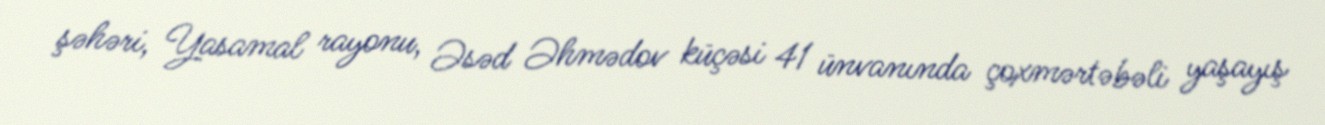
şəhəri, Yasamal rayonu, Əsəd Əhmədov küçəsi 41 ünvanında çoxmərtəbəli yaşayış